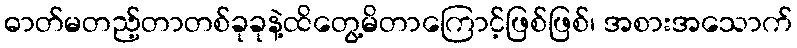
ဓာတ်မတည့်တာတစ်ခုခုနဲ့ထိတွေ့မိတာကြောင့်ဖြစ်ဖြစ်၊ အစားအသောက်